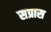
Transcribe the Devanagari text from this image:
सप्रास